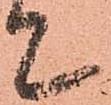
て